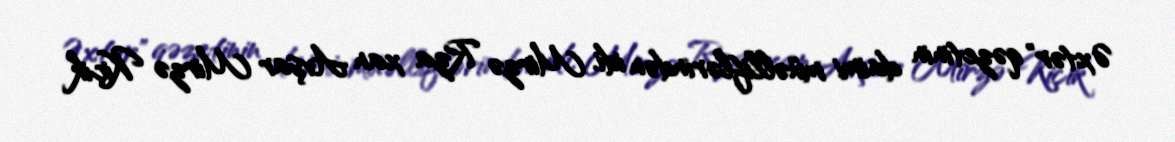
Əxtər" qəzetinin daimi müəlliflərindən idi. Mirzə Rza xan Avşar Mirzə Kiçik